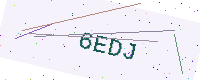
Text: 6EDJ